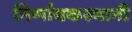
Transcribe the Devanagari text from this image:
निर्णायकस्थानी